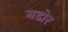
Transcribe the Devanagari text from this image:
नडोर